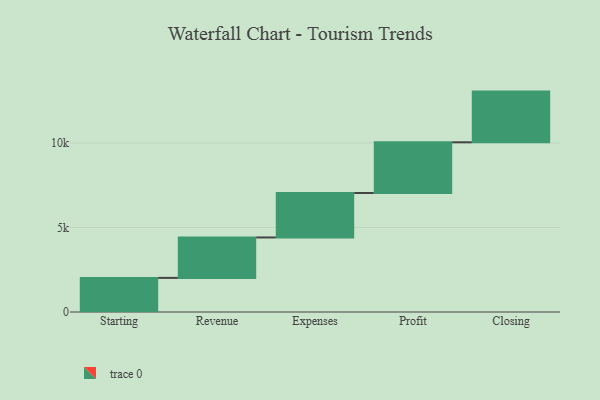
{"axis": {"x": "Step", "y": "Value"}, "legend": [""], "data": [{"x": "Starting", "y": 2019.0, "type": ""}, {"x": "Revenue", "y": 2392.0, "type": ""}, {"x": "Expenses", "y": 2631.0, "type": ""}, {"x": "Profit", "y": 3000, "type": ""}, {"x": "Closing", "y": 3000, "type": ""}]}